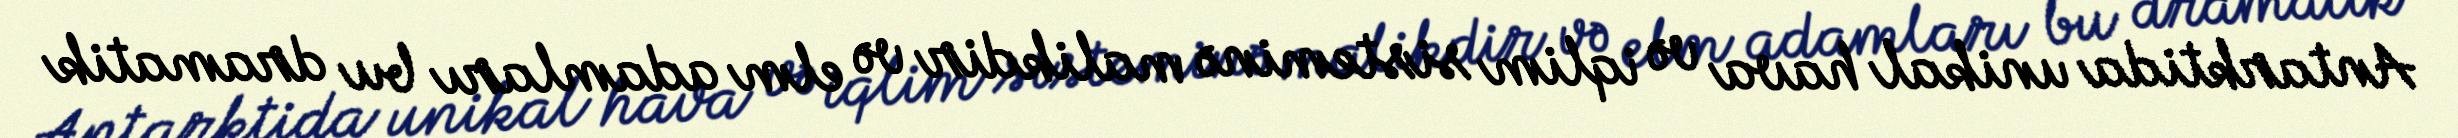
Antarktida unikal hava və iqlim sisteminə malikdir və elm adamları bu dramatik